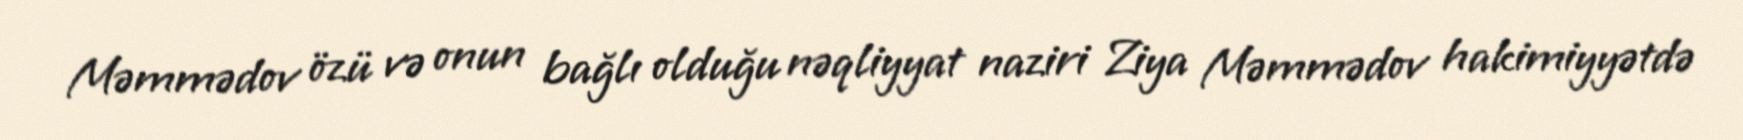
Məmmədov özü və onun bağlı olduğu nəqliyyat naziri Ziya Məmmədov hakimiyyətdə